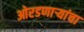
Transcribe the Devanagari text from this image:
ओरडणार्‍यांचा